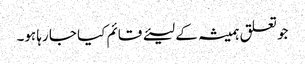
جو تعلق ہمیشہ کے لیئے قائم کیا جا رہا ہو۔